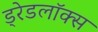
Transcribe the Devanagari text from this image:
ड्रेडलॉक्स